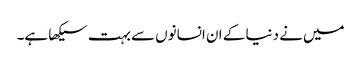
میں‌نے دنیا کے ان انسانوں‌سے بہت سیکھا ہے۔